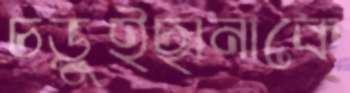
চড়ুইছানাকে